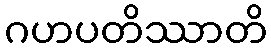
ဂဟပတိဿာတိ